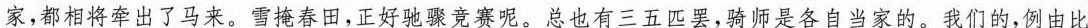
家,都相将牵出了马来。雪掩春田,正好驰骤竞赛呢。总也有三五匹罢,骑师是各自当家的。我们的,例由比